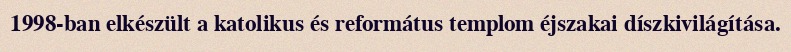
1998-ban elkészült a katolikus és református templom éjszakai díszkivilágítása.